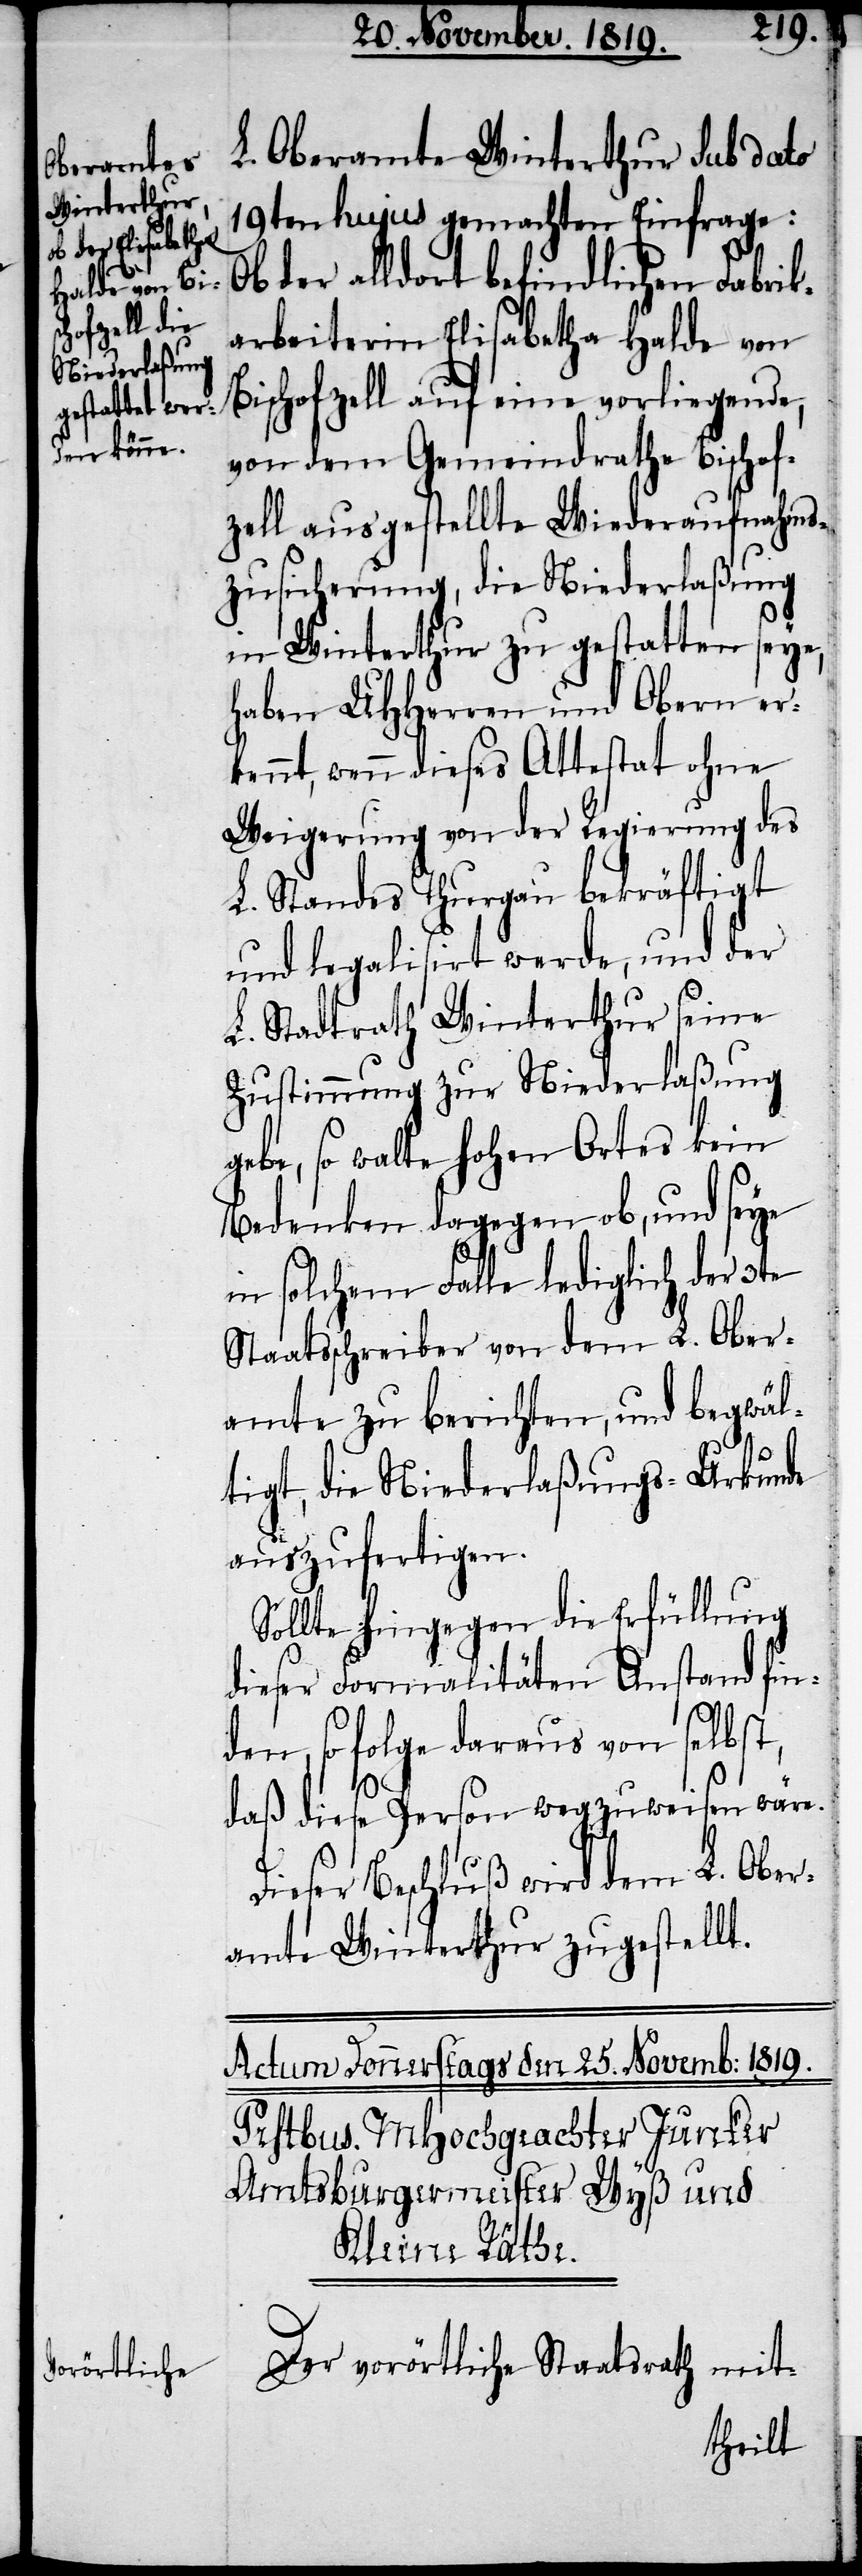
L. Oberamte Winterthur sub dato
19ten hujus gemachten Einfrage:
der alldort befindlichen Fabri¬
karbeiterin Elisabetha Halde von
Bischofzell auf eine vorliegende,
von dem Gemeindrathe Bischof¬
zell ausgestellte Wiederaufnahms¬
zusicherung, die Niederlaßung
in Winterthur zu gestatten seye,
haben UHHerren und Obern er¬
kennt, wenn dieses Attestat ohne
Weigerung von der Regierung des
L. Standes Thurgau bekräftigt
und legalisirt werde, und der
L. Stadtrath Winterthur seine
Zustimmung zur Niederlaßung
gebe, so walte hohen Ortes kein
Bedenken dagegen ob, und seye
in solchem Falle lediglich der 3te
Staatsschreiber von dem L. Ober¬
amte zu berichten, und begwäl¬
tigt, die Niederlaßungs-Urkunde
auszufertigen.
Sollte hingegen die Erfüllung
dieser Formalitäten Anstand fin¬
den, so folge daraus von selbst,
daß diese Person wegzuweisen wäre.
Dieser Beschluß wird dem L. Ober¬
amte Winterthur zugestellt.
Der vorörtliche Staatsrath mit-